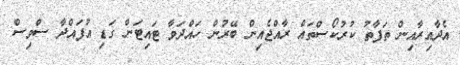
އެދާއިރާއިން ތަފާތު ކުރުކޯސްތައް ރާއްޖެއިން ބޭރުން ހައްދަވާ ޓައިޓަން ގަޑި އުފައްދާ ސްވިސް